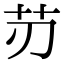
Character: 𦬄